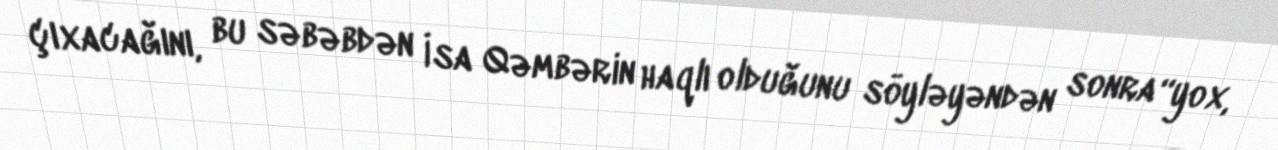
çıxacağını, bu səbəbdən İsa Qəmbərin haqlı olduğunu söyləyəndən sonra “yox,